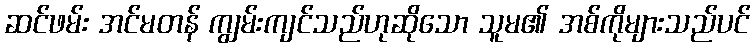
ဆင်ဖမ်း အင်မတန် ကျွမ်းကျင်သည်ဟုဆိုသော သူမ၏ အစ်ကိုများသည်ပင်